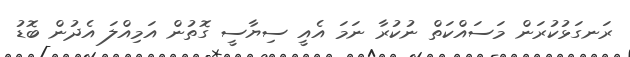
ރަނގަޅުކުރަން މަސައްކަތް ނުކުރާ ނަމަ އެއީ ސިޔާސީ ގޮތުން އަމިއްލަ އެދުން ބޮޑު